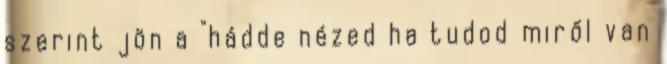
szerint jön a "hádde nézed ha tudod miről van